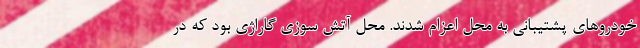
خودروهای پشتیبانی به محل اعزام شدند. محل آتش سوزی گاراژی بود که در